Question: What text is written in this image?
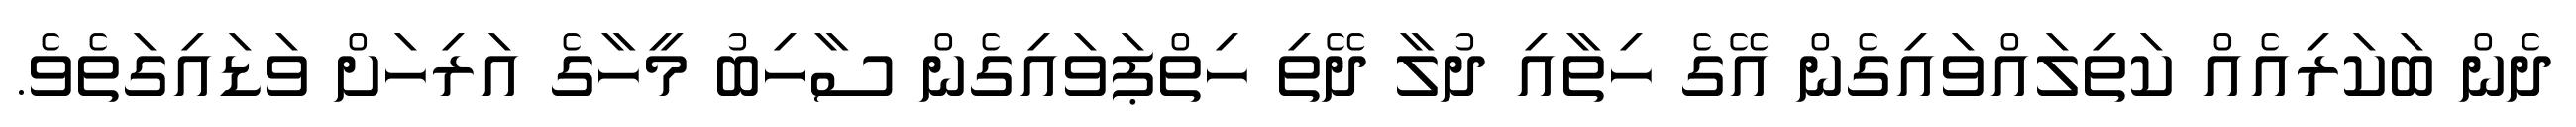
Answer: ދެން ބަކަރިއެއް ކަތިލައްވައިގެން އޭގެ ހިތާއި ދުލާ ދޭތި ހިތްޕަވައިގެން ސާހިބު މީހާގެ އަރިހަށް ވަޑައިގަތެވެ.